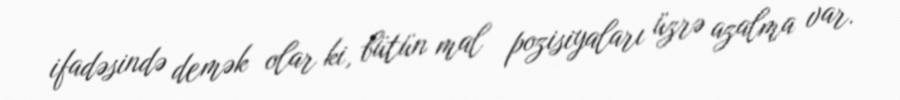
ifadəsində demək olar ki, bütün mal pozisiyaları üzrə azalma var.